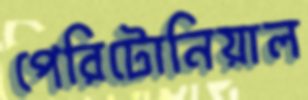
পেরিটোনিয়াল